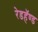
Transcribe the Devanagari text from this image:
रेडहॅण्ड